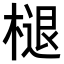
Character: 𣗔